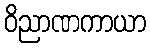
ဝိညာဏကာယာ